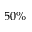
5 0 \%